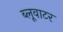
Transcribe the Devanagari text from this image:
ब्लूवाटर